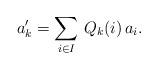
LaTeX: \begin{align*}a'_k=\sum_{i\in I}\,Q_k(i)\,a_i. \end{align*}